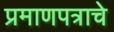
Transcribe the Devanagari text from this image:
प्रमाणपत्राचे